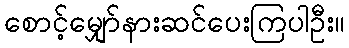
စောင့်မျှော်နားဆင်ပေးကြပါဦး။